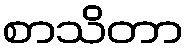
စာသိတာ